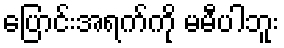
ပြောင်းအရက်ကို မမီပါဘူး